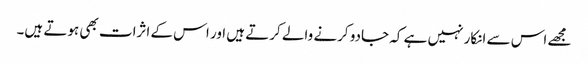
مجھے اس سے انکار نہیں ہے کہ جادو کرنے والے کرتے ہیں اور اس کے اثرات بھی ہوتے ہیں۔